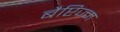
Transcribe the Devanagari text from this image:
बैप्टिज्म